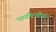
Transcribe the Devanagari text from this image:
भागीरतीचा